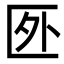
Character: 㔰